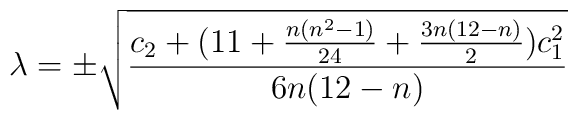
\lambda=\pm\sqrt{\frac{c_{2}+(11+\frac{n(n^{2}-1)}{24}+\frac{3n(12-n)}{2})c_{1}^{2}}{6n(12-n)}}